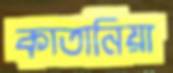
কাতানিয়া